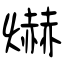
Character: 爀